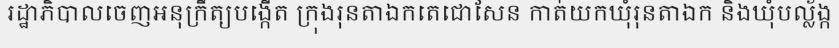
រដ្ឋាភិបាលចេញអនុក្រឹត្យបង្កើត ក្រុងរុនតាឯកតេជោសែន កាត់យកឃុំរុនតាឯក និងឃុំបល្ល័ង្ក